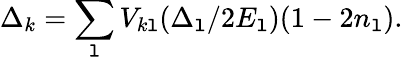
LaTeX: \Delta_{k}=\sum_{\mathtt{l}}V_{k\mathtt{l}}(\Delta_{\mathtt{l}}/2E_{\mathtt{l}})(1-2n_{\mathtt{l}}).